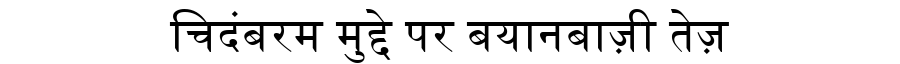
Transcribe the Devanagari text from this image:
चिदंबरम मुद्दे पर बयानबाज़ी तेज़